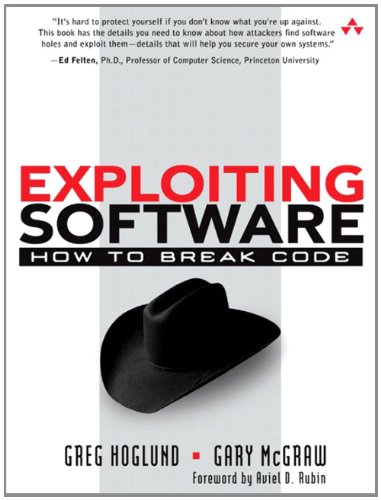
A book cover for Exploiting Software: How to Break Code; Greg Hoglund; Computers & Technology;